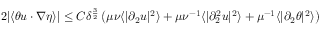
\begin{array} { r } { 2 | \langle \theta u \cdot \nabla \eta \rangle | \leq C \delta ^ { \frac { 3 } { 2 } } \left( \mu \nu \langle | \partial _ { 2 } u | ^ { 2 } \rangle + \mu \nu ^ { - 1 } \langle | \partial _ { 2 } ^ { 2 } u | ^ { 2 } \rangle + \mu ^ { - 1 } \langle | \partial _ { 2 } \theta | ^ { 2 } \rangle \right) } \end{array}